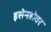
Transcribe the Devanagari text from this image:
इसेनहोवर